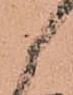
候